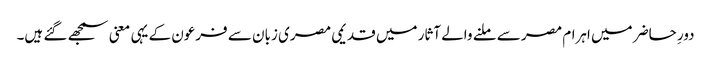
دورِ حاضر میں اہرام مصر سے ملنے والے آثار میں قدیمی مصری زبان سے فرعون کے یہی معنی سمجھے گئے ہیں۔